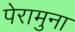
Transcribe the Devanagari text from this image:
पेरामुना